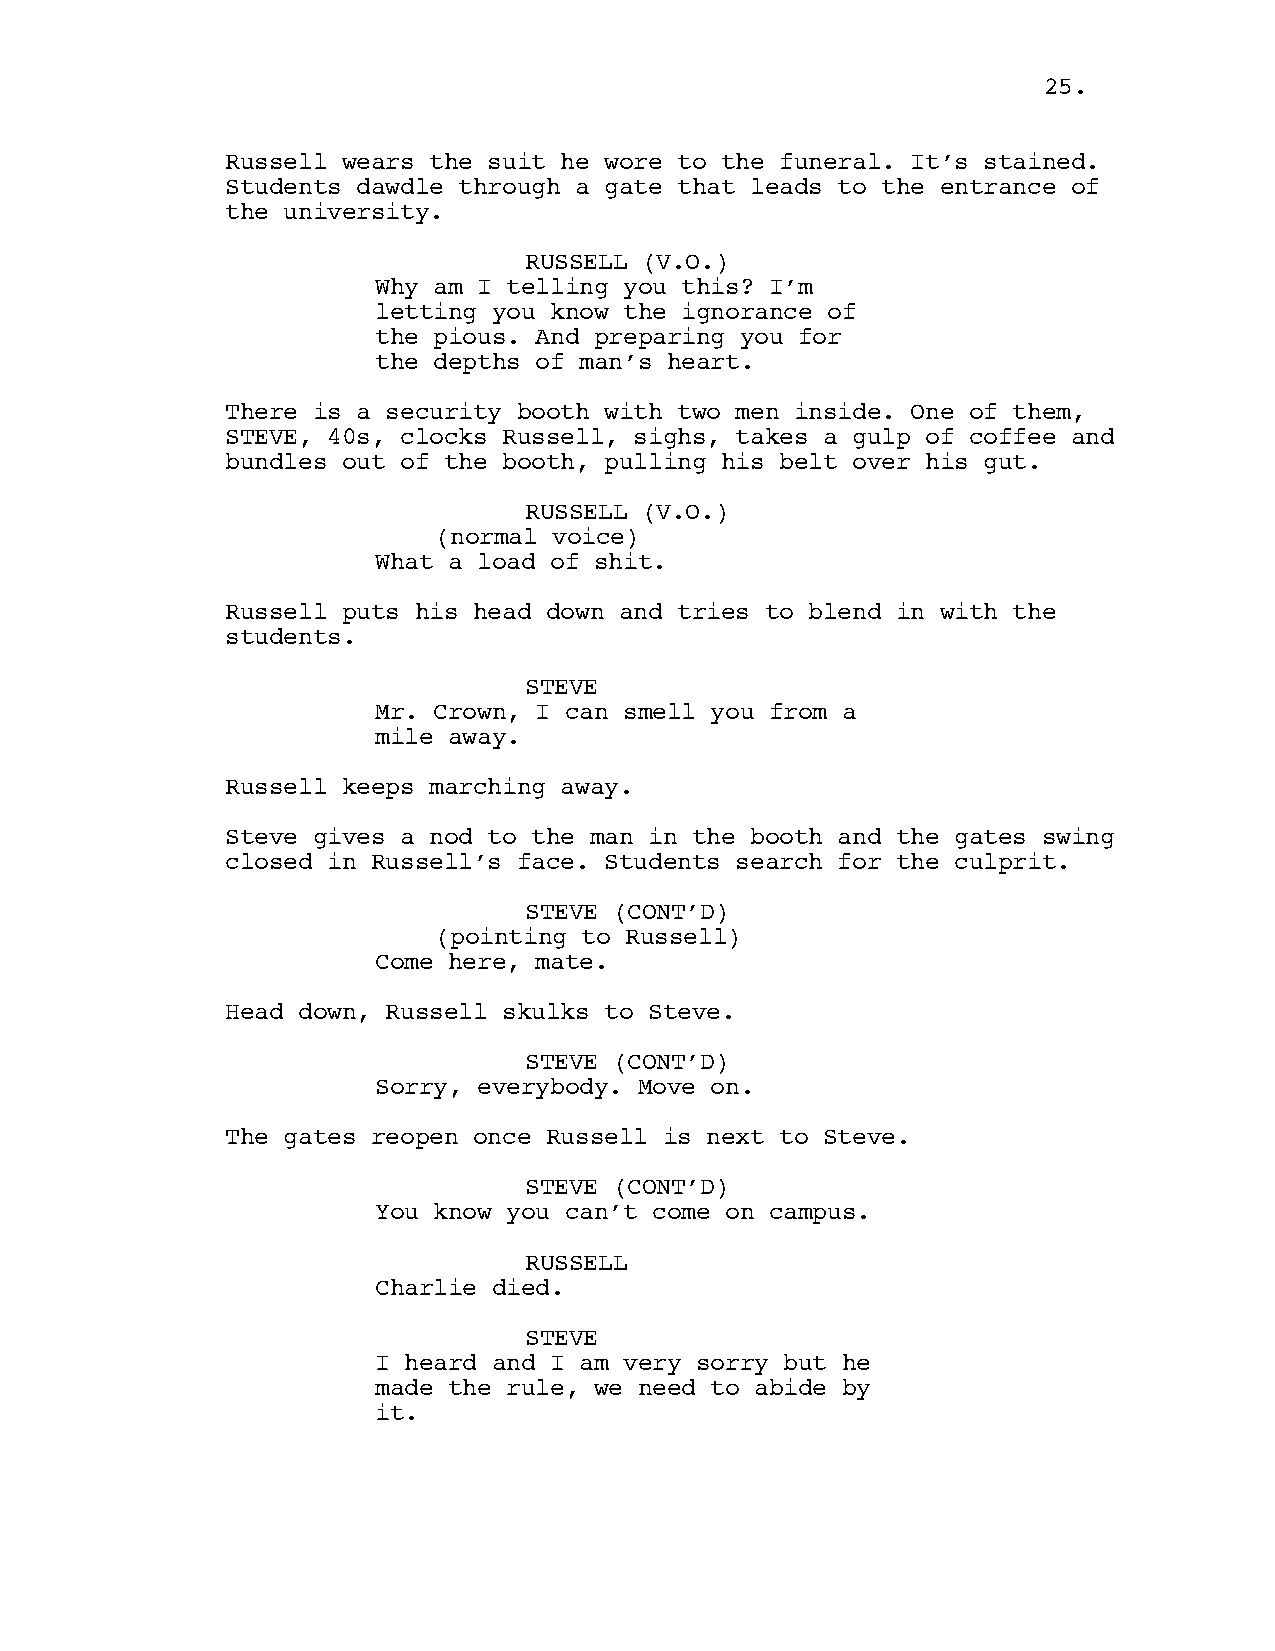
25.
 Russell wears the suit he wore to the funeral. It’s stained.
 Students dawdle through a gate that leads to the entrance of
 the university.
 RUSSELL (V.O.)
 Why am I telling you this? I’m
 letting you know the ignorance of
 the pious. And preparing you for
 the depths of man’s heart.
 There is a security booth with two men inside. One of them,
 STEVE, 40s, clocks Russell, sighs, takes a gulp of coffee and
 bundles out of the booth, pulling his belt over his gut.
 RUSSELL (V.O.)
 (normal voice)
 What a load of shit.
 Russell puts his head down and tries to blend in with the
 students.
 STEVE
 Mr. Crown, I can smell you from a
 mile away.
 Russell keeps marching away.
 Steve gives a nod to the man in the booth and the gates swing
 closed in Russell’s face. Students search for the culprit.
 STEVE (CONT’D)
 (pointing to Russell)
 Come here, mate.
 Head down, Russell skulks to Steve.
 STEVE (CONT’D)
 Sorry, everybody. Move on.
 The gates reopen once Russell is next to Steve.
 STEVE (CONT’D)
 You know you can’t come on campus.
 RUSSELL
 Charlie died.
 STEVE
 I heard and I am very sorry but he
 made the rule, we need to abide by
 it.